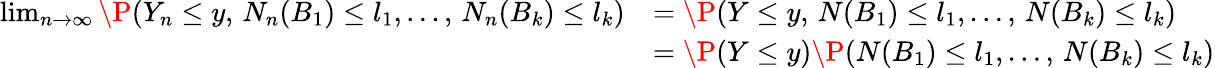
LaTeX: \begin{array}{rl}{\operatorname*{lim}_{n\to\infty}\P(Y_{n}\leq y,\, N_{n}(B_{1})\leq l_{1},\ldots,\, N_{n}(B_{k})\leq l_{k})}&{=\P({Y}\leq y,\, {N}(B_{1})\leq l_{1},\ldots,\, {N}(B_{k})\leq l_{k})}\\ &{=\P({Y}\leq y)\P({N}(B_{1})\leq l_{1},\ldots,\, {N}(B_{k})\leq l_{k})}\end{array}